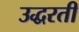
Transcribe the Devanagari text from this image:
उद्धरती